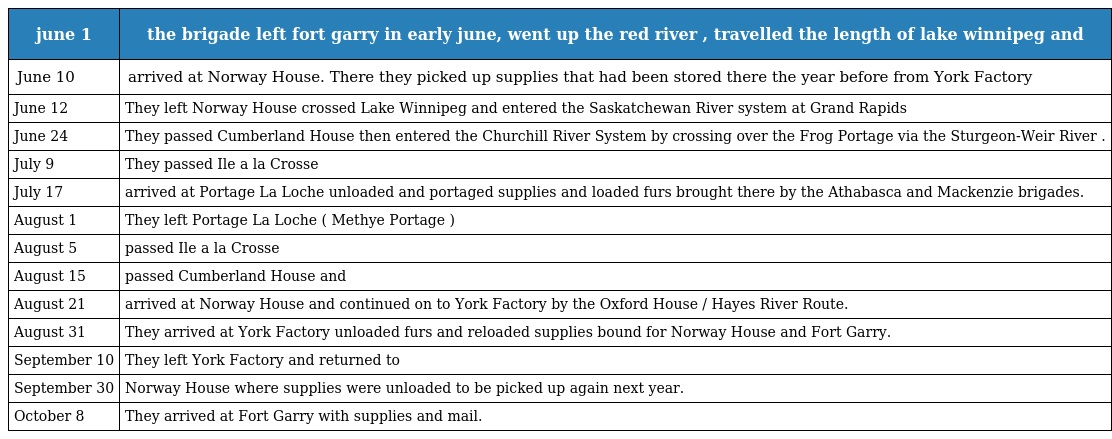
| june 1 | the brigade left fort garry in early june, went up the red river , travelled the length of lake winnipeg and |
 | --- | --- |
 | June 10 | arrived at Norway House. There they picked up supplies that had been stored there the year before from York Factory |
 | June 12 | They left Norway House crossed Lake Winnipeg and entered the Saskatchewan River system at Grand Rapids |
 | June 24 | They passed Cumberland House then entered the Churchill River System by crossing over the Frog Portage via the Sturgeon-Weir River . |
 | July 9 | They passed Ile a la Crosse |
 | July 17 | arrived at Portage La Loche unloaded and portaged supplies and loaded furs brought there by the Athabasca and Mackenzie brigades. |
 | August 1 | They left Portage La Loche ( Methye Portage ) |
 | August 5 | passed Ile a la Crosse |
 | August 15 | passed Cumberland House and |
 | August 21 | arrived at Norway House and continued on to York Factory by the Oxford House / Hayes River Route. |
 | August 31 | They arrived at York Factory unloaded furs and reloaded supplies bound for Norway House and Fort Garry. |
 | September 10 | They left York Factory and returned to |
 | September 30 | Norway House where supplies were unloaded to be picked up again next year. |
 | October 8 | They arrived at Fort Garry with supplies and mail. |